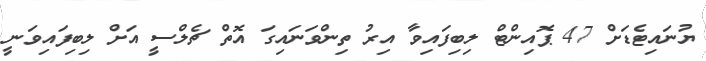
ޔުނައިޓެޑަށް 47 ޕޮއިންޓް ލިބިފައިވާ އިރު ތިންވަނައިގަ އޮތް ޗެލްސީ އަށް ލިބިފައިވަނީ